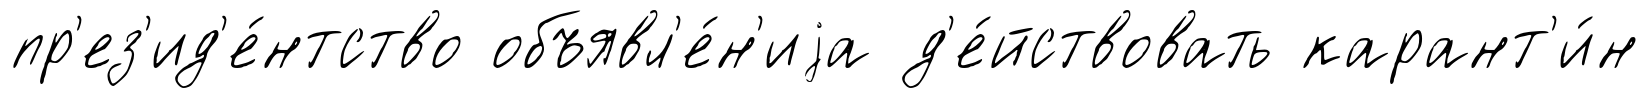
пр'ез'ид'е́нтство объявл'е́н'иjа д'е́йствовать карант'и́н